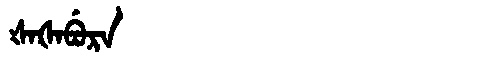
Manchu: ᡧᠠᡧᠠᠪᡠᡵᠠ
Romanization: ŠAŠABURA